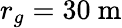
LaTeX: r_{g}=30~\mathrm{m}